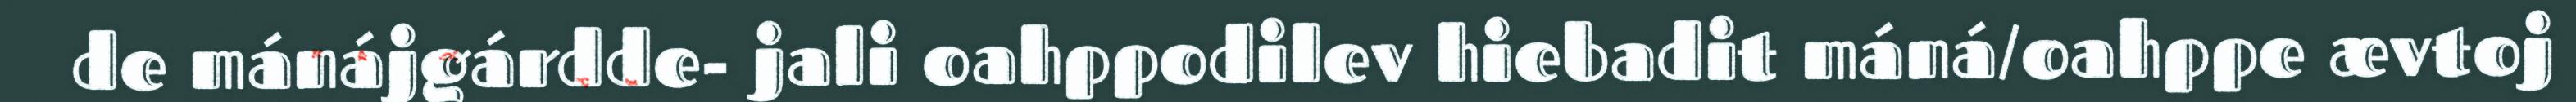
de mánájgárdde- jali oahppodilev hiebadit máná/oahppe ævtoj